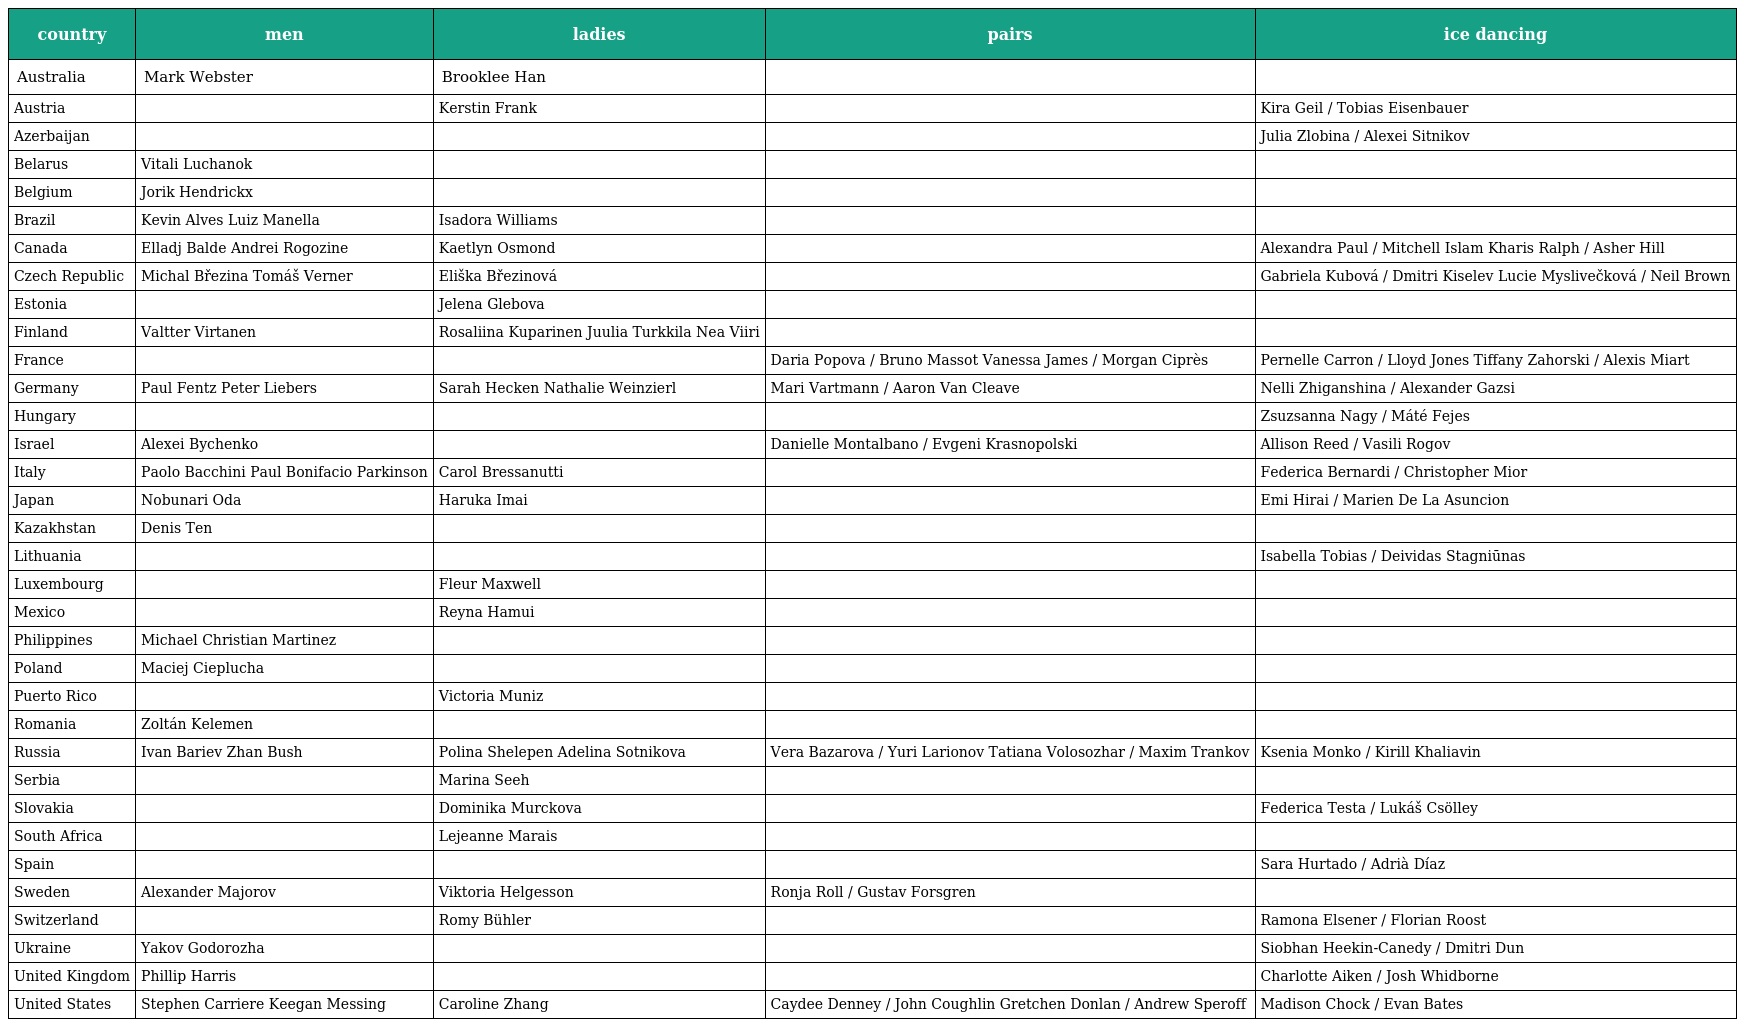
| country | men | ladies | pairs | ice dancing |
 | --- | --- | --- | --- | --- |
 | Australia | Mark Webster | Brooklee Han |  |  |
 | Austria |  | Kerstin Frank |  | Kira Geil / Tobias Eisenbauer |
 | Azerbaijan |  |  |  | Julia Zlobina / Alexei Sitnikov |
 | Belarus | Vitali Luchanok |  |  |  |
 | Belgium | Jorik Hendrickx |  |  |  |
 | Brazil | Kevin Alves Luiz Manella | Isadora Williams |  |  |
 | Canada | Elladj Balde Andrei Rogozine | Kaetlyn Osmond |  | Alexandra Paul / Mitchell Islam Kharis Ralph / Asher Hill |
 | Czech Republic | Michal Březina Tomáš Verner | Eliška Březinová |  | Gabriela Kubová / Dmitri Kiselev Lucie Myslivečková / Neil Brown |
 | Estonia |  | Jelena Glebova |  |  |
 | Finland | Valtter Virtanen | Rosaliina Kuparinen Juulia Turkkila Nea Viiri |  |  |
 | France |  |  | Daria Popova / Bruno Massot Vanessa James / Morgan Ciprès | Pernelle Carron / Lloyd Jones Tiffany Zahorski / Alexis Miart |
 | Germany | Paul Fentz Peter Liebers | Sarah Hecken Nathalie Weinzierl | Mari Vartmann / Aaron Van Cleave | Nelli Zhiganshina / Alexander Gazsi |
 | Hungary |  |  |  | Zsuzsanna Nagy / Máté Fejes |
 | Israel | Alexei Bychenko |  | Danielle Montalbano / Evgeni Krasnopolski | Allison Reed / Vasili Rogov |
 | Italy | Paolo Bacchini Paul Bonifacio Parkinson | Carol Bressanutti |  | Federica Bernardi / Christopher Mior |
 | Japan | Nobunari Oda | Haruka Imai |  | Emi Hirai / Marien De La Asuncion |
 | Kazakhstan | Denis Ten |  |  |  |
 | Lithuania |  |  |  | Isabella Tobias / Deividas Stagniūnas |
 | Luxembourg |  | Fleur Maxwell |  |  |
 | Mexico |  | Reyna Hamui |  |  |
 | Philippines | Michael Christian Martinez |  |  |  |
 | Poland | Maciej Cieplucha |  |  |  |
 | Puerto Rico |  | Victoria Muniz |  |  |
 | Romania | Zoltán Kelemen |  |  |  |
 | Russia | Ivan Bariev Zhan Bush | Polina Shelepen Adelina Sotnikova | Vera Bazarova / Yuri Larionov Tatiana Volosozhar / Maxim Trankov | Ksenia Monko / Kirill Khaliavin |
 | Serbia |  | Marina Seeh |  |  |
 | Slovakia |  | Dominika Murckova |  | Federica Testa / Lukáš Csölley |
 | South Africa |  | Lejeanne Marais |  |  |
 | Spain |  |  |  | Sara Hurtado / Adrià Díaz |
 | Sweden | Alexander Majorov | Viktoria Helgesson | Ronja Roll / Gustav Forsgren |  |
 | Switzerland |  | Romy Bühler |  | Ramona Elsener / Florian Roost |
 | Ukraine | Yakov Godorozha |  |  | Siobhan Heekin-Canedy / Dmitri Dun |
 | United Kingdom | Phillip Harris |  |  | Charlotte Aiken / Josh Whidborne |
 | United States | Stephen Carriere Keegan Messing | Caroline Zhang | Caydee Denney / John Coughlin Gretchen Donlan / Andrew Speroff | Madison Chock / Evan Bates |